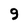
Character: 9